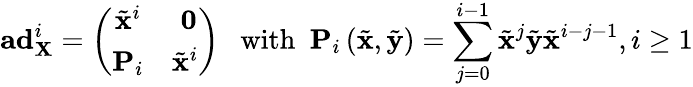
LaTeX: \mathbf{ad}_{\mathbf{X}}^{i}=\left(\begin{array}{cc}{\tilde{\mathbf{x}}^{i}}&{\ \mathbf{0}}\\ {\mathbf{P}_{i}}&{\tilde{\mathbf{x}}^{i}}\end{array}\right)\ \ \ \mathrm{with}\ \ \mathbf{P}_{i}\left(\tilde{\mathbf{x}},\tilde{\mathbf{y}}\right)=\sum_{j=0}^{i-1}\tilde{\mathbf{x}}^{j}\tilde{\mathbf{y}}\tilde{\mathbf{x}}^{i-j-1},i\geq 1